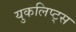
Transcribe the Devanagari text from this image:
युकलिप्ट्स